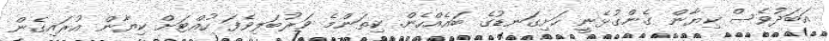
އަބަދުވެސް ކިޔާން ގެންގުޅެނީ ހަށިގަނޑުގެ ބައެއްހެން. ކިތަންމެ ވަރުބަލިވެފަ ހުއްޓަށް ކިޔާން އުރައިގެން